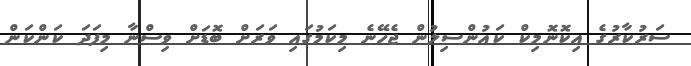
ސަރުކާރުގެ އިކޮނޮމިކް ކައުންސިލުން ޖެހޭނެ މިކަމުގައި ވަރަށް ބޮޑަށް ވިސްނާ މިފަދަ ކަންކަން